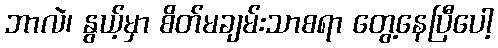
ဘာလဲ၊ နွယ့်မှာ စိတ်မချမ်းသာစရာ တွေ့နေပြီပေါ့